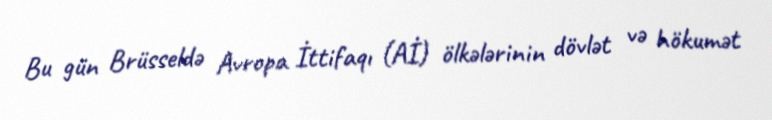
Bu gün Brüsseldə Avropa İttifaqı (Aİ) ölkələrinin dövlət və hökumət